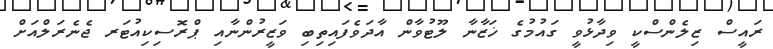
ރައީސް ޒިލެންސްކީ ވިދާޅުވީ ގައުމުގެ ޚަޒާނާ ލޫޓުވާން އާދަވެފައިތިބި ވަޒީރުންނާއި ޕްރޮސިކިއުޓަރ ޖެނެރަލްއަށް